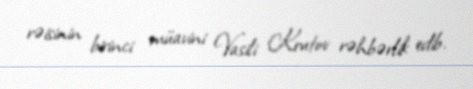
rəisinin birinci müavini Vasili Krutov rəhbərlik edib.